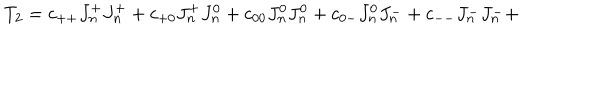
LaTeX: T _ { 2 } = c _ { + + } J _ { n } ^ { + } J _ { n } ^ { + } + c _ { + 0 } J _ { n } ^ { + } J _ { n } ^ { 0 } + c _ { 0 0 } J _ { n } ^ { 0 } J _ { n } ^ { 0 } + c _ { 0 - } J _ { n } ^ { 0 } J _ { n } ^ { - } + c _ { -- } J _ { n } ^ { - } J _ { n } ^ { - } +